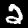
Label: 2